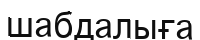
шабдалыға